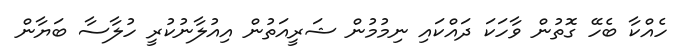
ހެއްކާ ބެހޭ ގޮތުން ވާހަކަ ދައްކައި ނިމުމުން ޝަރީއަތުން އިއުލާނުކުރީ ހުލާސާ ބަޔާން